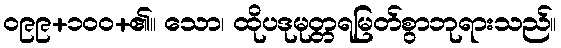
၀၉၉+၁၀၀+၏။ သော၊ ထိုပဒုမုတ္တရမြတ်စွာဘုရားသည်။